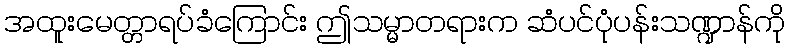
အထူးမေတ္တာရပ်ခံကြောင်း ဤသမ္မာတရားက ဆံပင်ပုံပန်းသဏ္ဍာန်ကို